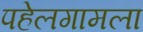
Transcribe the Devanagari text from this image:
पहेलगामला